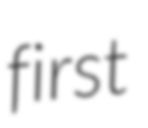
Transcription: first